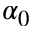
\alpha _ { 0 }